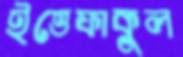
ইত্তেফাকুল